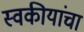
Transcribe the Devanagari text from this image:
स्वकीयांचा